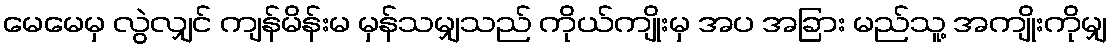
မေမေမှ လွဲလျှင် ကျန်မိန်းမ မှန်သမျှသည် ကိုယ်ကျိုးမှ အပ အခြား မည်သူ့ အကျိုးကိုမျှ